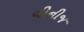
વીનીજ